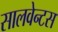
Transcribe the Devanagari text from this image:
सालवेन्टस